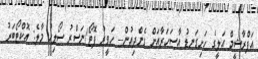
އަފްރާޝީމް އަލީގެ ހަށިގަނޑު އާސަހަރާއަށް ގެންދިއުން-- ހަވީރު ފޮޓޯ/ނަސްރު ސޯލިހު މާލެ: އޮކްޓޯބަރު